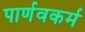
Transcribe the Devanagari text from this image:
पार्णवकर्म